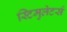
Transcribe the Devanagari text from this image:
स्टिमुलेटर्स